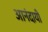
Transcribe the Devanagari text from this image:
आनंदायी